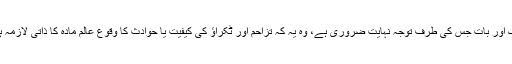
ایک اور بات جس کی طرف توجہ نہایت ضروری ہے، وہ یہ کہ تزاحم اور ٹکراؤ کی کیفیت یا حوادث کا وقوع عالم مادہ کا ذاتی لازمہ ہے۔